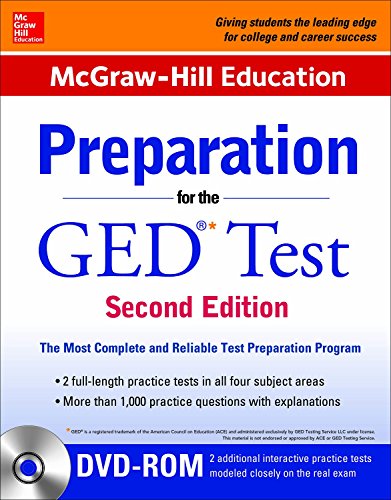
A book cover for McGraw-Hill Education Preparation for the GED Test with DVD-ROM; McGraw-Hill Education Editors; Test Preparation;